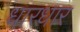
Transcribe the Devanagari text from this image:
धारधार